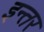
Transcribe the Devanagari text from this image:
इन्तर